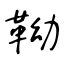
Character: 靿